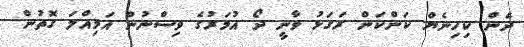
ދެން ކިހިނެޔް ކަންކަން ރަގަޅު ވާނީ ދޯ އުމަރުގެ ވިސްނުން އަމިއްލަ ގޮތުން